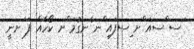
ަސ ްސއަ ްށ ިސފައި ްނ ެނގުމަ ްށ ކޯހެއް ފަ ަށނީ